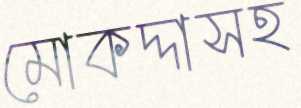
মোকদ্দাসহ